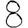
Digit: 8